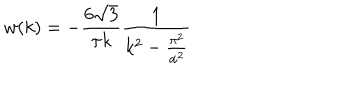
LaTeX: w ( k ) = - \frac { 6 \sqrt { 3 } } { \pi k } \frac { 1 } { k ^ { 2 } - \frac { \pi ^ { 2 } } { \alpha ^ { 2 } } }